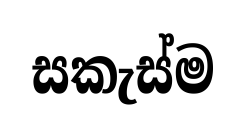
සකැස්ම